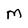
Character: m